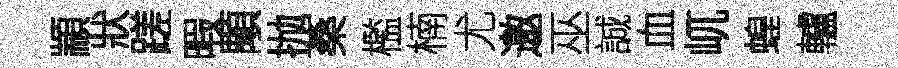
顓狀蹉暇顒抛桑檻楠尤邀巫誠血屼蝗轤